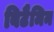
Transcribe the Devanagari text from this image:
बिटैमिन